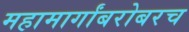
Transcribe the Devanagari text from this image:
महामार्गांबरोबरच